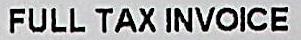
FULL TAX INVOICE